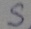
Text: S